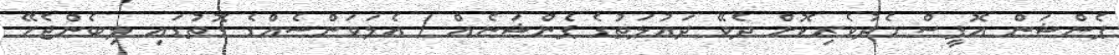
ޕެންޝަން އޮފީސް މެދުވެރިކޮށް ދެވޭ ދައުލަތުގެ ޕެންޝަނެއް / އެލަވަންސެއްގެ ގޮތުގައި ލިބެންޖެހޭ